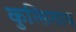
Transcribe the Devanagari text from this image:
कुत्सिताय